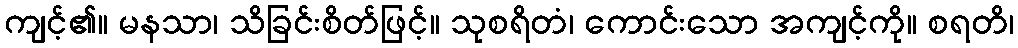
ကျင့်၏။ မနသာ၊ သိခြင်းစိတ်ဖြင့်။ သုစရိတံ၊ ကောင်းသော အကျင့်ကို။ စရတိ၊